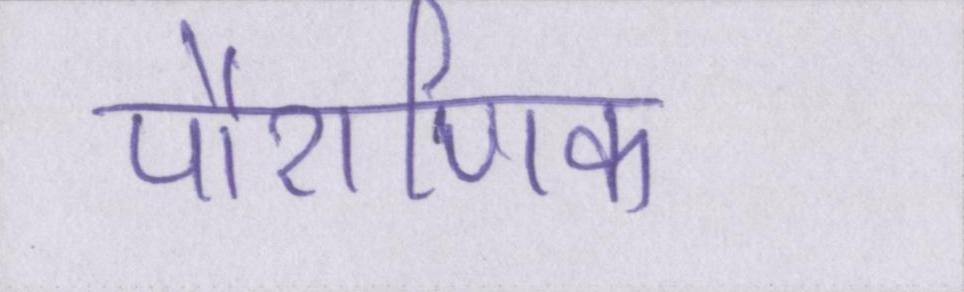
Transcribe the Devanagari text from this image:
पौराणिक